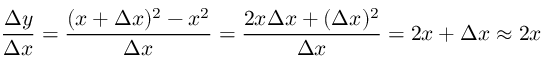
{ \frac { \Delta y } { \Delta x } } = { \frac { ( x + \Delta x ) ^ { 2 } - x ^ { 2 } } { \Delta x } } = { \frac { 2 x \Delta x + ( \Delta x ) ^ { 2 } } { \Delta x } } = 2 x + \Delta x \approx 2 x